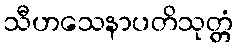
သီဟသေနာပတိသုတ္တံ